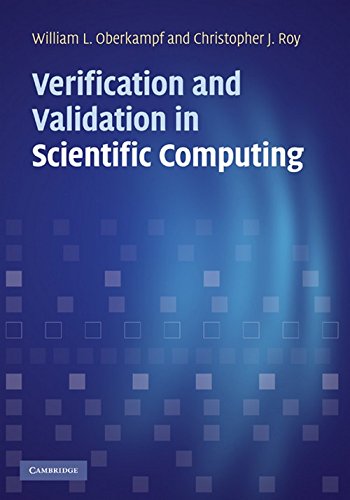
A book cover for Verification and Validation in Scientific Computing; William L. Oberkampf; Science & Math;